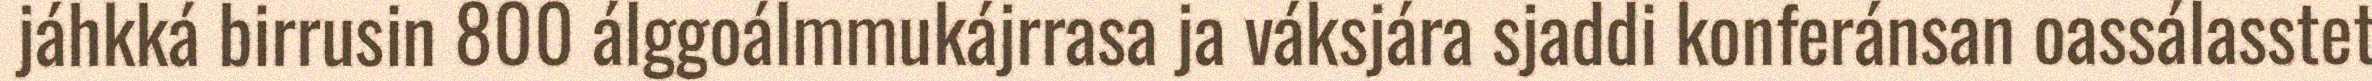
jáhkká birrusin 800 álggoálmmukájrrasa ja váksjára sjaddi konferánsan oassálasstet